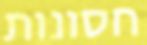
חסונות